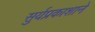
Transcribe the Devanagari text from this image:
सुर्यप्रकाशाने